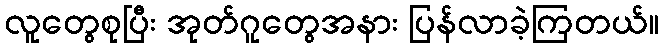
လူတွေစုပြီး အုတ်ဂူတွေအနား ပြန်လာခဲ့ကြတယ်။